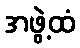
အဖွဲ့ထံ